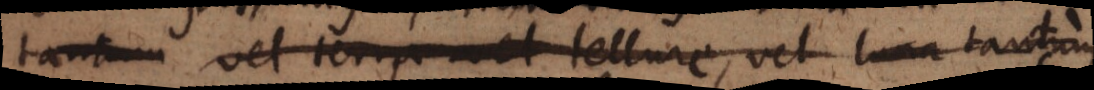
luna vel tellure, tellure, vel luna tantum